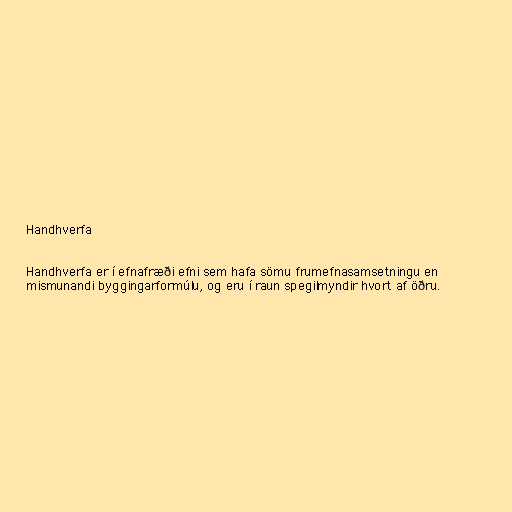
Handhverfa

Handhverfa er í efnafræði efni sem hafa sömu frumefnasamsetningu en
mismunandi byggingarformúlu, og eru í raun spegilmyndir hvort af öðru.